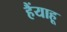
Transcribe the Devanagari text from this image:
हैंयाहू